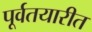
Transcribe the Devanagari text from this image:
पूर्वतयारीत